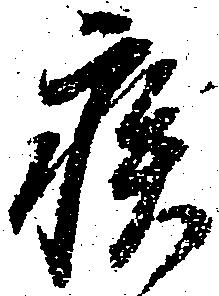
疾